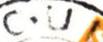
C.U I